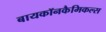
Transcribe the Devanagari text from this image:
बायकॉनकैमिकल्स